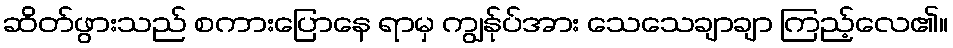
ဆိတ်ဖွားသည် စကားပြောနေ ရာမှ ကျွန်ုပ်အား သေသေချာချာ ကြည့်လေ၏။